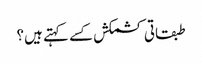
طبقاتی کشمکش کسے کہتے ہیں؟